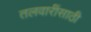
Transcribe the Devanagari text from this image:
तलवारींसाठी